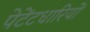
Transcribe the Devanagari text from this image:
पेटेंटधारियों